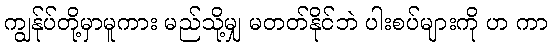
ကျွန်ုပ်တို့မှာမူကား မည်သို့မျှ မတတ်နိုင်ဘဲ ပါးစပ်များကို ဟ ကာ